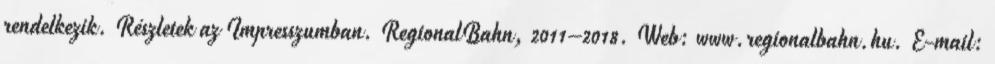
rendelkezik. Részletek az Impresszumban. RegionalBahn, 2011–2018. Web: www.regionalbahn.hu. E-mail: